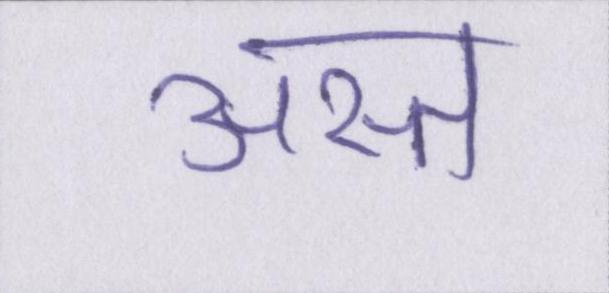
अस्त